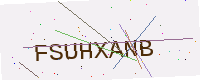
Text: FSUHXANB